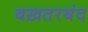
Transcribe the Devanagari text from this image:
बख़तरबंद